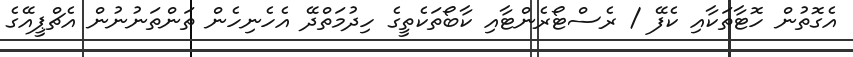
އެގޮތުން ހޮޓާތަކާއި ކެފޭ / ރެސްޓޯރެންޓާއި ކާބޯތަކެތީގެ ހިދުމަތްދޭ އެހެނިހެން ތަންތަނުނުން އެޗްޕީއޭގެ